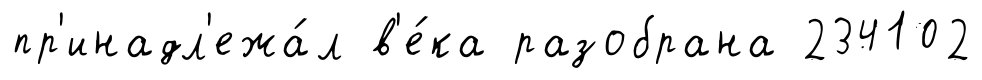
пр'инадл'ежа́л в'е́ка разобрана 234102